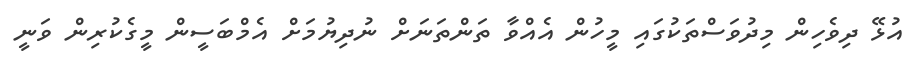
އުޅޭ ދިވެހިން މިދުވަސްތަކުގައި މީހުން އެއްވާ ތަންތަނަށް ނުދިޔުމަށް އެމްބަސީން މީގެކުރިން ވަނީ